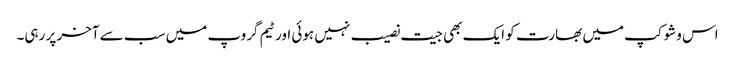
اس وشوکپ میں بھارت کو ایک بھی جیت نصیب نہیں ہوئی اور ٹیم گروپ میں سب سے آخر پر رہی۔